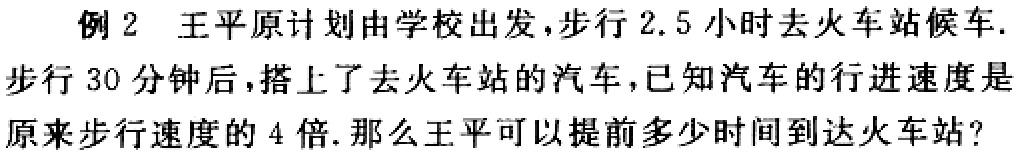
例 2 王平原计划由学校出发，步行 \(2.5\) 小时去火车站候车.步行 \(30\) 分钟后，搭上了去火车站的汽车，已知汽车的行进速度是原来步行速度的 \(4\) 倍. 那么王平可以提前多少时间到达火车站？